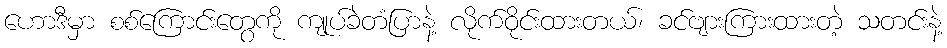
ဟောဒီမှာ စစ်ကြောင်းတွေကို ကျုပ်ခဲတံပြာနဲ့ လိုက်ဝိုင်းထားတယ်၊ ခင်ဗျားကြားထားတဲ့ သတင်းနဲ့